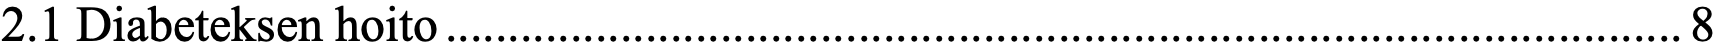
2.1 Diabeteksen hoito ................................................................................................... 8